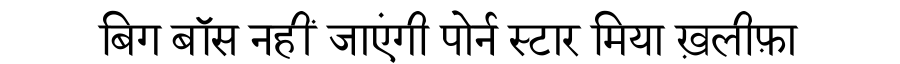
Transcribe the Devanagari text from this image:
बिग बॉस नहीं जाएंगी पोर्न स्टार मिया ख़लीफ़ा